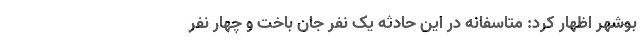
بوشهر اظهار کرد: متاسفانه در این حادثه یک نفر جان باخت و چهار نفر